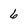
Character: 6